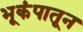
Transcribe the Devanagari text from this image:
भूकंपातून